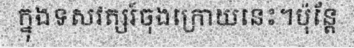
ក្នុងទសវត្សរ៍ចុងក្រោយនេះ។ប៉ុន្តែ